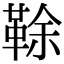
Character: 䩣